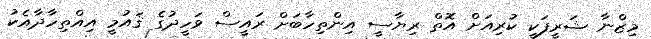
މިޒްނާ ޝަރީފަކީ ކުރިއަށް އޮތް ރިޔާސީ އިންތިހާބަށް ރައީސް ވަހީދުގެ ޤައުމީ އިއްތިހާދާއެކު